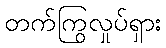
တက်ကြွလှုပ်ရှား